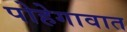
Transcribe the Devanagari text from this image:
पोहेगावात